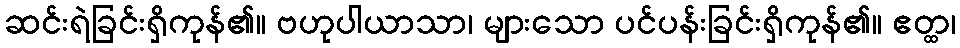
ဆင်းရဲခြင်းရှိကုန်၏။ ဗဟုပါယာသာ၊ များသော ပင်ပန်းခြင်းရှိကုန်၏။ ဧတ္ထ၊